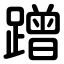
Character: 蹭